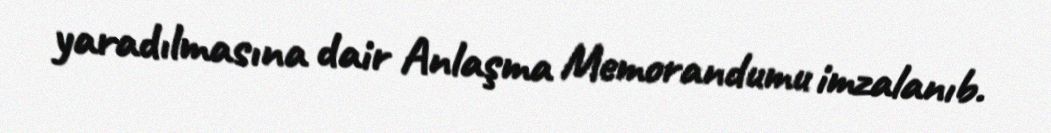
yaradılmasına dair Anlaşma Memorandumu imzalanıb.